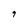
Character: 9